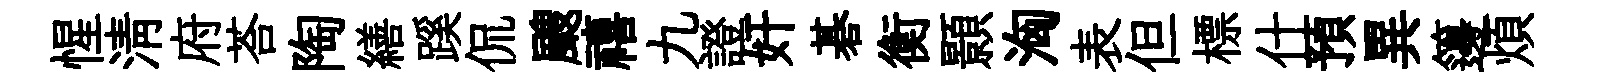
惺清府荅陶繕蹊侃颼禧九證奸碁衡顥洶表但標什預異籩煩